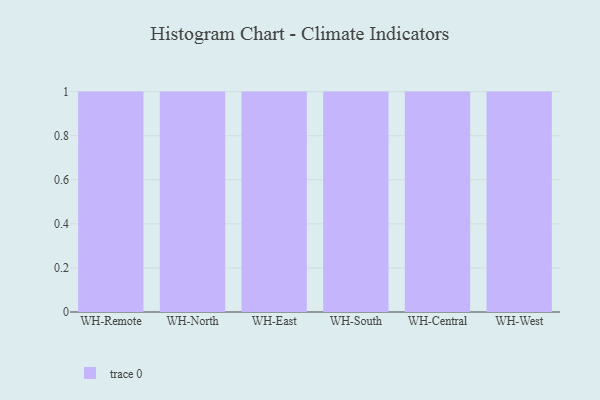
{"axis": {"x": "Warehouse", "y": "Gross Profit (USD K)"}, "legend": [""], "data": [{"x": "WH-Remote", "y": 8, "type": ""}, {"x": "WH-North", "y": 5, "type": ""}, {"x": "WH-East", "y": 52, "type": ""}, {"x": "WH-South", "y": 18, "type": ""}, {"x": "WH-Central", "y": 63, "type": ""}, {"x": "WH-West", "y": 50, "type": ""}]}